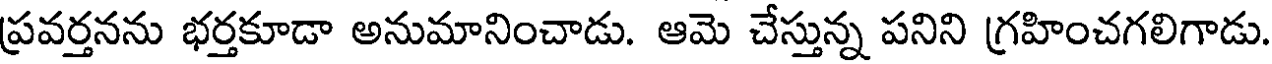
ప్రవర్తనను భర్తకూడా అనుమానించాడు. ఆమె చేస్తున్న పనిని గ్రహించగలిగాడు.